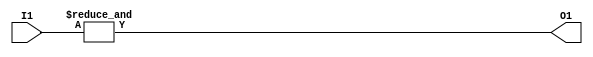
module and_gate(
input [5:0] I1,
output O1
);

assign O1 = &I1;

endmodule